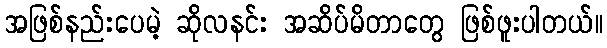
အဖြစ်နည်းပေမဲ့ ဆိုလနင်း အဆိပ်မိတာတွေ ဖြစ်ဖူးပါတယ်။